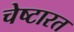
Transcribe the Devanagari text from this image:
चेष्टारत